Plague in India, 1896, 1897 - Volume 3
Year: 1896
Disease focus: Plague
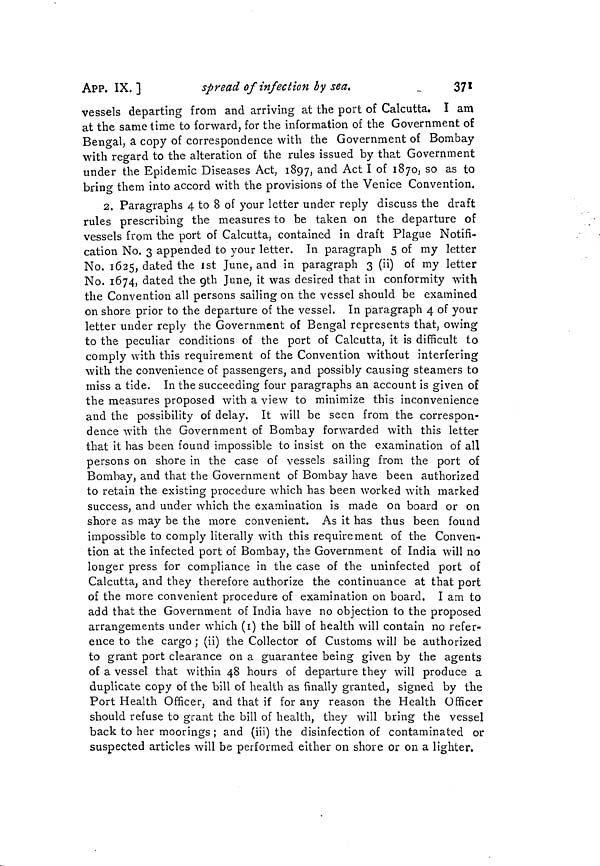
APP. IX.]
spread of infection by sea.
371
vessels departing from and arriving at the port of Calcutta. I am
at the same time to forward, for the information of the Government of
Bengal, à copy of correspondence with the Government of Bombay
with regard to the alteration of the rules issued by that Government
under the Epidemic Diseases Act, 1897, and Act I of 1870, so as to
bring them into accord with the provisions of the Venice Convention.
2. Paragraphs 4 to 8 of your letter under reply discuss the draft
rules prescribing the measures to be taken on the departure of
vessels from the port of Calcutta, contained in draft Plague Notifi-
cation No. 3 appended to your letter. In paragraph 5 of my letter
No. 1625, dated the ist June, and in paragraph 3 (ii) of my letter
No. 1674, dated the 9th June, it was desired that in conformity with
the Convention all persons sailing on the vessel should be examined
on shore prior to the departure of the vessel. In paragraph 4 of your
letter under reply the Government of Bengal represents that, owing
to the peculiar conditions of the port of Calcutta, it is difficult to
comply with this requirement of the Convention without interfering
with the convenience of passengers, and possibly causing steamers to
miss a tide. In the succeeding four paragraphs an account is given of
the measures proposed with a view to minimize this inconvenience
and the possibility of delay. It will be seen from the correspon-
dence with the Government of Bombay forwarded with this letter
that it has been found impossible to insist on the examination of all
persons on shore in the case of vessels sailing from the port of
Bombay, and that the Government of Bombay have been authorized
to retain the existing procedure which has been worked with marked
success, and under which the examination is made on board or on
shore as may be the more convenient. As it has thus been found
impossible to comply literally with this requirement of the Conven-
tion at the infected port of Bombay, the Government of India will no
longer press for compliance in the case of the uninfected port of
Calcutta, and they therefore authorize the continuance at that port
of the more convenient procedure of examination on board. I am to
add that the Government of India have no objection to the proposed
arrangements under which (1) the bill of health will contain no refer-
ence to the cargo ; (ii) the Collector of Customs will be authorized
to grant port clearance on a guarantee being given by the agents
of a vessel that within 48 hours of departure they will produce a
duplicate copy of the bill of health as finally granted, signed by the
Port Health Officer, and that if for any reason the Health Officer
should refuse to grant the bill of health, they will bring the vessel
back to her moorings ; and (iii) the disinfection of contaminated or
suspected articles will be performed either on shore or on a lighter.